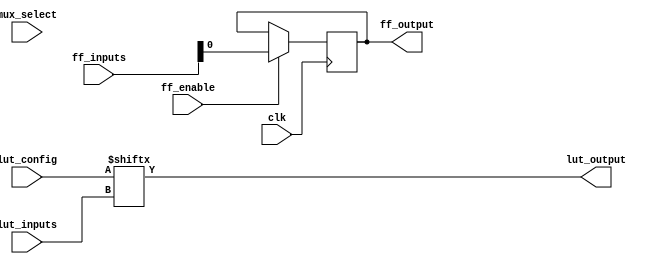
module CLB (
    input wire [3:0] lut_inputs,    // Inputs for the LUT
    input wire [15:0] lut_config,    // Configuration for the LUT (16 entries for 4-input LUT)
    input wire clk,                  // Clock signal for flip-flops
    input wire ff_enable,            // Enable signal for flip-flops
    input wire mux_select,           // MUX select line
    input wire [3:0] ff_inputs,      // Inputs for flip-flops
    output wire lut_output,          // Output from the LUT
    output wire ff_output            // Output from the flip-flops
);

    // Look-Up Table (LUT)
    reg lut_output_reg;
    always @(*) begin
        lut_output_reg = lut_config[{lut_inputs}]; // Access LUT configuration
    end
    assign lut_output = lut_output_reg;

    // Multiplexer (MUX)
    wire mux_output;
    assign mux_output = (mux_select) ? lut_output : 1'b0; // Simple 2-to-1 MUX

    // Flip-Flops (FFs)
    reg ff_reg;
    always @(posedge clk) begin
        if (ff_enable) begin
            ff_reg <= ff_inputs[0]; // Simple FF example using the first input
        end
    end
    assign ff_output = ff_reg;

endmodule